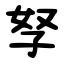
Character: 孥